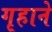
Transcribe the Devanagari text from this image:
गृहाने